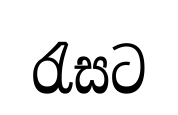
රැසට